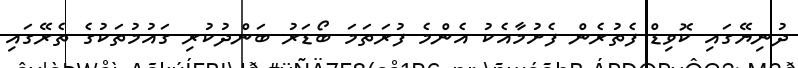
ދުނިޔޭގައި ކޮވިޑް ފެތުރެން ފެށުމާއެކު އެންމެ ފުރަތަމަ ބޯޑަރު ބަންދުކުރި ގައުމުތަކުގެ ތެރޭގައި